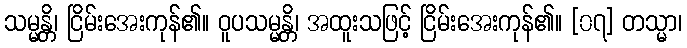
သမ္မန္တိ၊ ငြိမ်းအေးကုန်၏။ ဝူပသမ္မန္တိ၊ အထူးသဖြင့် ငြိမ်းအေးကုန်၏။ [၀၇] တသ္မာ၊